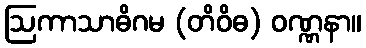
ဩကာသာဓိဂမ (တိဝိဓ) ဝဏ္ဏနာ။